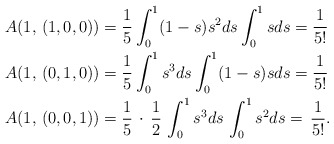
\begin{align*}A(1, \, (1,0,0))&=\frac{1}{5}\int_{0}^{1}(1-s)s^2ds\int_{0}^{1}sds = \frac{1}{5!} \\A(1, \, (0,1,0))&=\frac{1}{5}\int_{0}^{1}s^3ds\int_{0}^{1}(1-s)sds= \frac{1}{5!} \\A(1, \, (0,0,1))&=\frac{1}{5}\,\cdot\,\frac{1}{2}\,\int_{0}^{1}s^3ds\,\int_{0}^{1}s^2ds=\,\frac{1}{5!}. \end{align*}